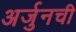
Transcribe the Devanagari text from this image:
अर्जुनची